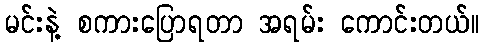
မင်းနဲ့ စကားပြောရတာ အရမ်း ကောင်းတယ်။